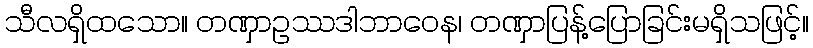
သီလရှိထသော။ တဏှာဥဿဒါဘာဝေန၊ တဏှာပြန့်ပြောခြင်းမရှိသဖြင့်။